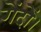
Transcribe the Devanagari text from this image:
गेंदों।